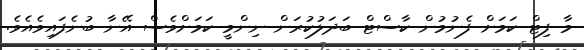
މާ ފިޓް ކަމަށް ފެނުމުން ކާސްޓް ބަދަލުކުރަން ނިންމީ ކަމަށްވެސް އޭނާ ބުނެފައިވެއެވެ.